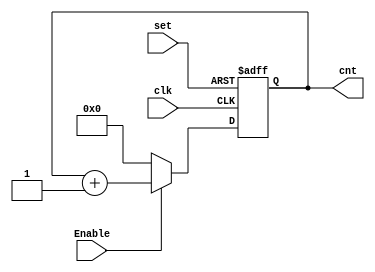
module count_(Enable,set,clk,cnt);
input wire set,clk,Enable;
output reg [4:0] cnt;
always @(posedge clk or negedge set) begin
	if (~set) 
		 cnt <= 'b0;
	else begin
	if(~Enable)
		cnt <= 'b0;
	else 
		cnt <= cnt+1;
end		
end
endmodule